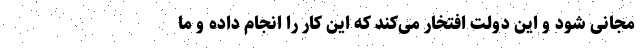
مجانی شود و این دولت افتخار می‌کند که این کار را انجام داده و ما